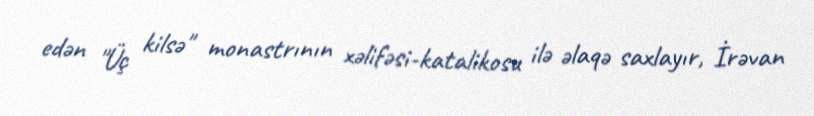
edən "Üç kilsə" monastrının xəlifəsi-katalikosu ilə əlaqə saxlayır, İrəvan